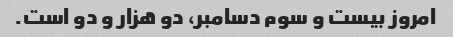
امروز بیست و سوم دسامبر، دو هزار و دو است.